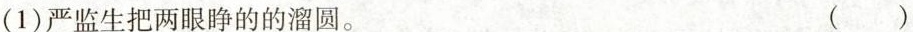
(1)严监生把两眼睁的的溜圆。 ( )